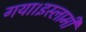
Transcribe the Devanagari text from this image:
गया।इस्लामी